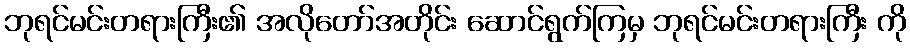
ဘုရင်မင်းတရားကြီး၏ အလိုတော်အတိုင်း ဆောင်ရွက်ကြမှ ဘုရင်မင်းတရားကြီး ကို